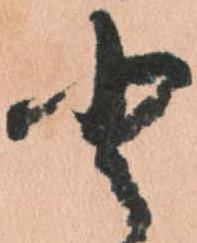
と